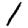
Digit: 1